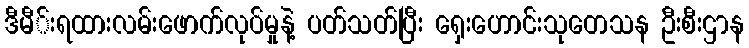
ဒီမီ်းရထားလမ်းဖောက်လုပ်မှုနဲ့ ပတ်သတ်ပြီး ရှေးဟောင်းသုတေသန ဦးစီးဌာန